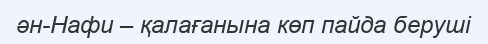
ән-Нафи – қалағанына көп пайда беруші